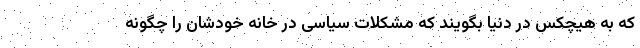
که به هیچکس در دنیا بگویند که مشکلات سیاسی در خانه خودشان را چگونه